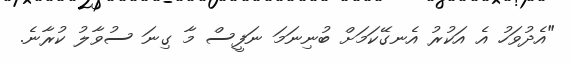
"އެދުވަހު އެ އަކުރު އެނގޭކަމަށް ބުނިނަމަ ނަފީސް މާ ގިނަ ސުވާލު ކުރާނެ.